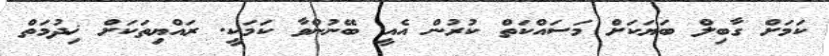
ކަމަށް ގާބިލް ބަޔަކަށް މަސައްކަތް ކުރުން އެއީ ބޭނުންވާ ކަމަކީ. ރައްޔިތަކަށް ޚިދުމަތް